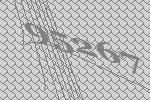
95267